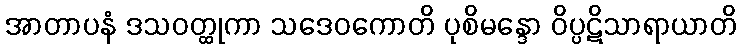
အာတာပနံ ဒသဝတ္ထုကာ သဒေဝကောတိ ပုစိမန္ဒော ဝိပ္ပဋိသာရာယာတိ